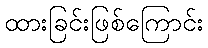
ထားခြင်းဖြစ်ကြောင်း